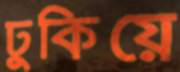
ঢুকিয়ে